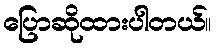
ပြောဆိုထားပါတယ်။